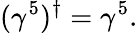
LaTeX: (\gamma^{5})^{\dagger}=\gamma^{5}.